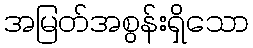
အမြတ်အစွန်းရှိသော